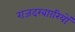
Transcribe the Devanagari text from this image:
राजदरबाारियों